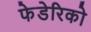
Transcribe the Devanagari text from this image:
फेडेरिको